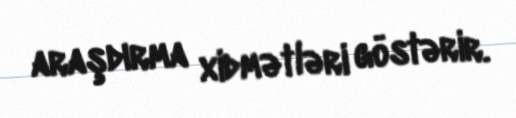
araşdırma xidmətləri göstərir.